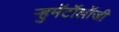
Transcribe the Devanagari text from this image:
ऱ्हुमॅटॉलॉजी